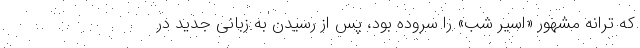
که ترانه مشهور «اسیر شب» را سروده بود، پس از رسیدن به زبانی جدید در